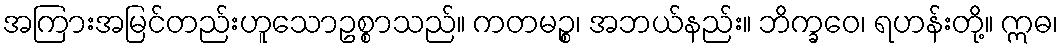
အကြားအမြင်တည်းဟူသောဥစ္စာသည်။ ကတမဉ္စ၊ အဘယ်နည်း။ ဘိက္ခဝေ၊ ရဟန်းတို့။ ဣဓ၊